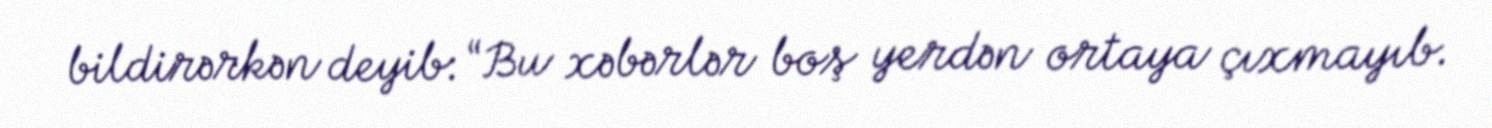
bildirərkən deyib: “Bu xəbərlər boş yerdən ortaya çıxmayıb.